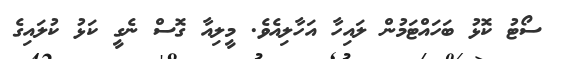
ސޯޓު ކޮޅު ބަހައްޓަމުން ލައިހާ އަހާލިއެވެ. މީލިއާ ގޮސް ނެގީ ކަޅު ކުލައިގެ